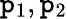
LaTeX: \mathtt{p}_{1},\mathtt{p}_{2}